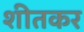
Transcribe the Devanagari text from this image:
शीतकर